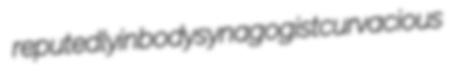
reputedly inbody synagogist curvacious